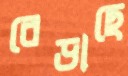
বেড়াছে